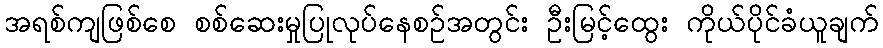
အရစ်ကျဖြစ်စေ စစ်ဆေးမှုပြုလုပ်နေစဉ်အတွင်း ဦးမြင့်ထွေး ကိုယ်ပိုင်ခံယူချက်